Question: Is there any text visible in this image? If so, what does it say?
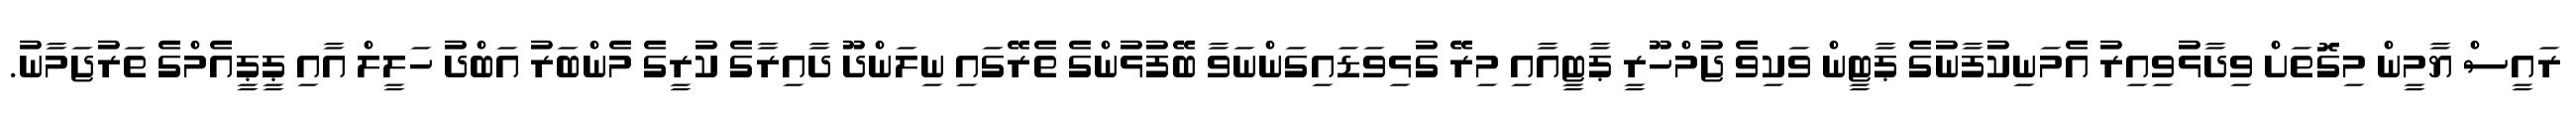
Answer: ރައީސް ޔާމީން މިގޮތަށް ވިދާޅުވިއިރު އެމަނިކުފާނުގެ ޕާޓީން ވަކިވެ ޖުމްހޫރީ ޕާޓީއާއި މިރޭ ގުޅިވަޑައިގަންނަވާ ބޭފުޅުންގެ ތެރޭގައި ނިލަންދޫ ދާއިރާގެ ކުރީގެ މެންބަރު އަބްދު ހަލީލް އާއި ޕީޕީއެމްގެ ތަރުޖަމާނު.